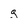
Character: g